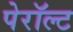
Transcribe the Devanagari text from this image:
पेरॉल्ट